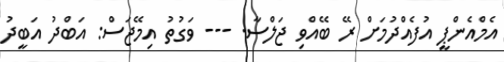
އެމްއެންޕީ އުފެއްދުމަށް ރޭ ބޭއްވި ޖަލްސާ. --- ވަގުތު އިމޭޖަސް: އަބްދު އަބީދު